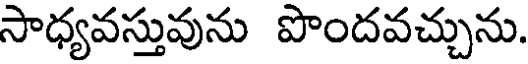
సాధ్యవస్తువును పొందవచ్చును.